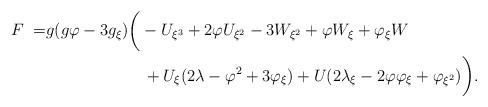
LaTeX: \begin{align*} F\;=&g(g\varphi - 3g_{\xi})\bigg(-U_{\xi^3}+2\varphi U_{\xi^2}-3W_{\xi^2}+\varphi W_{\xi}+\varphi_{\xi} W\\ &\qquad\qquad\qquad+U_{\xi}(2\lambda-\varphi^2+3\varphi_{\xi})+U(2\lambda_{\xi}-2\varphi\varphi_{\xi}+\varphi_{\xi^2})\bigg). \end{align*}